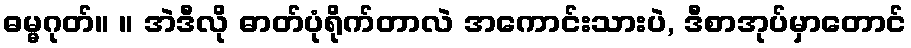
ဓမ္မဂုတ်။ ။ အဲဒီလို ဓာတ်ပုံရိုက်တာလဲ အကောင်းသားပဲ, ဒီစာအုပ်မှာတောင်